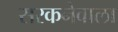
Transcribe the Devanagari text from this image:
सरकनेवाला